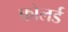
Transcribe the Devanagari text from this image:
कोलर्ड